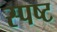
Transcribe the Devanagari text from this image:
स्‍पष्ट